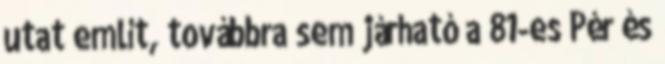
utat említ, továbbra sem járható a 81-es Pér és